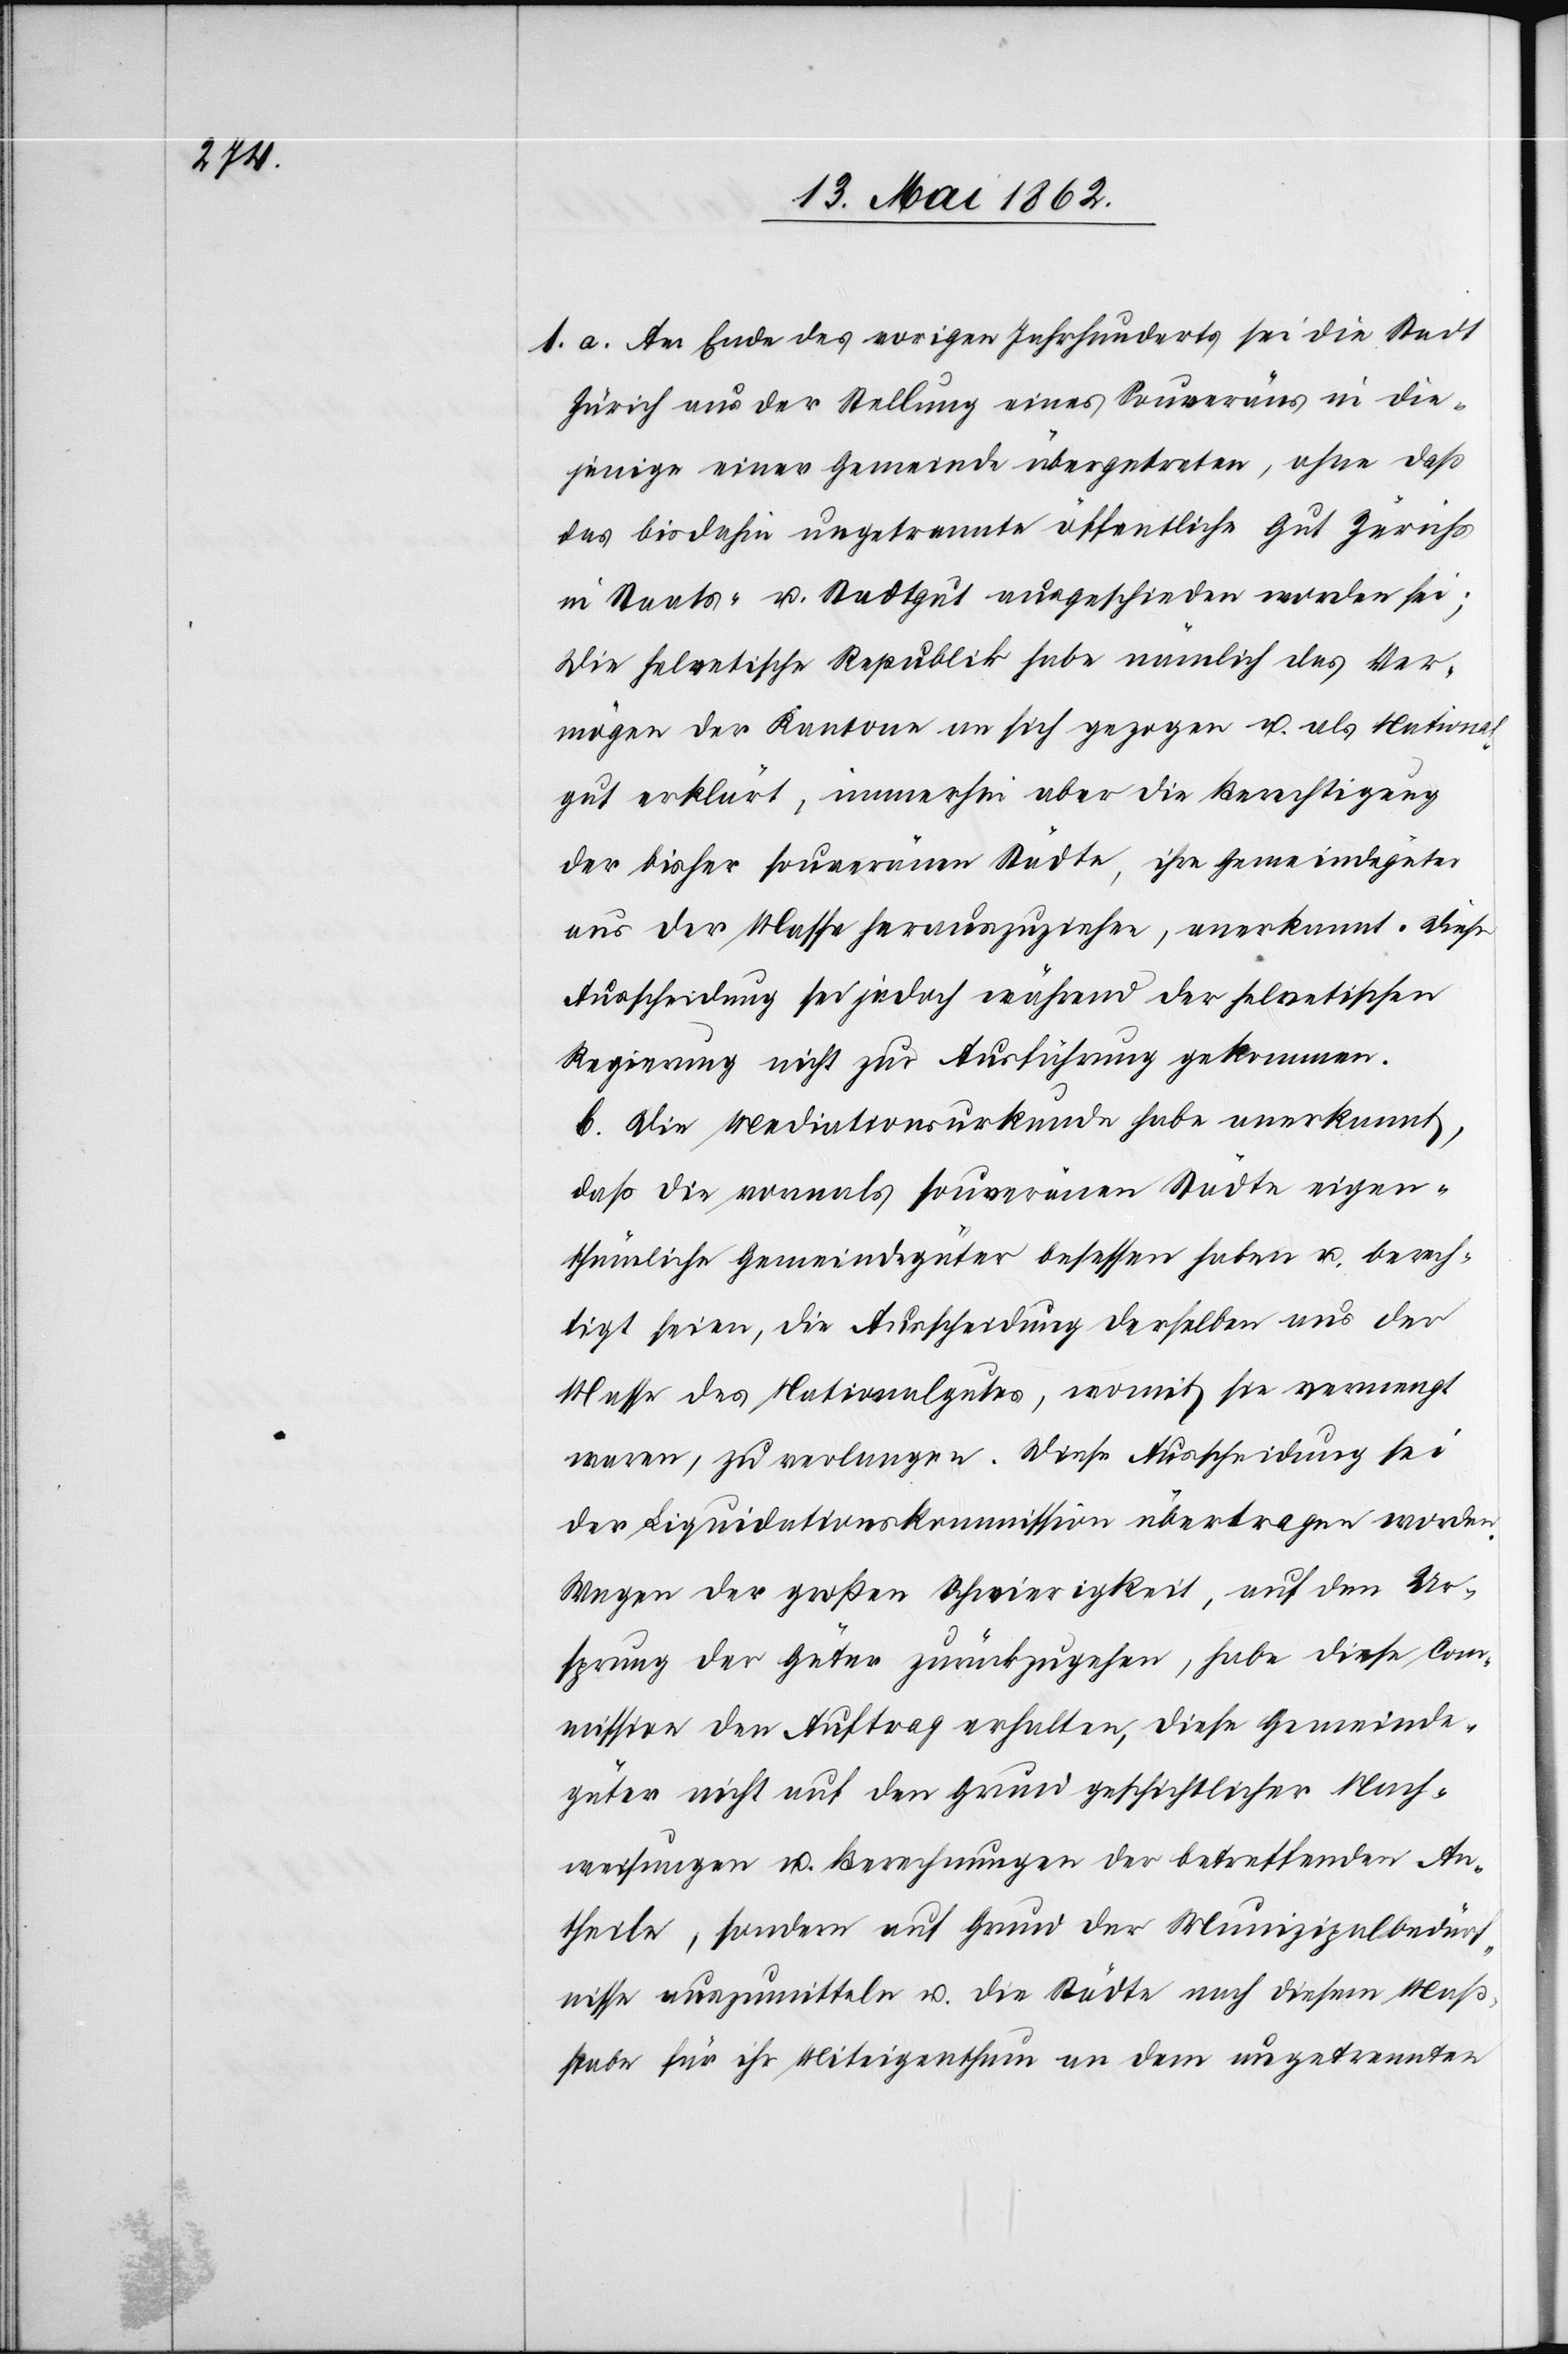
1. a. Am Ende des vorigen Jahrhunderts sei die Stadt
Zürich aus der Stellung eines Souveräns in die¬
jenige einer Gemeinde übergetreten, ohne daß
das bis dahin ungetrennte öffentliche Gut Zürichs
im Staats- u. Stadtgut ausgeschieden worden sei;
die helvetische Republik habe nämlich das Ver¬
mögen der Kantone an sich gezogen u. als National¬
gut erklärt, immerhin aber die Berechtigung
der bisher souveränen Städte, ihre Gemeindegüter
aus der Masse herauszuziehen, anerkannt. Diese
Ausscheidung sei jedoch während der helvetischen
Regierung nicht zur Ausführung gekommen.
b. Die Mediationsurkunde habe anerkannt,
daß die vormals souveränen Städte eigen¬
thümliche Gemeindegüter besessen haben u. berech¬
tigt seien, die Ausscheidung derselben aus der
Masse des Nationalgutes, womit sie vermengt
waren, zu verlangen. Diese Ausscheidung sei
der Liquidationskommission übertragen worden.
Wegen der großen Schwierigkeit, auf den Ur¬
sprung der Güter zurückzugehen, habe diese Com¬
mission den Auftrag erhalten, diese Gemeinde¬
güter nicht auf den Grund geschichtlicher Nach¬
weisungen u. Berechnungen der betreffenden An¬
theile, sondern auf Grund der Munizipalbedürf¬
nisse auszumitteln u. die Städte nach diesem Maß¬
stabe für ihr Miteigenthum an dem ungetrennten